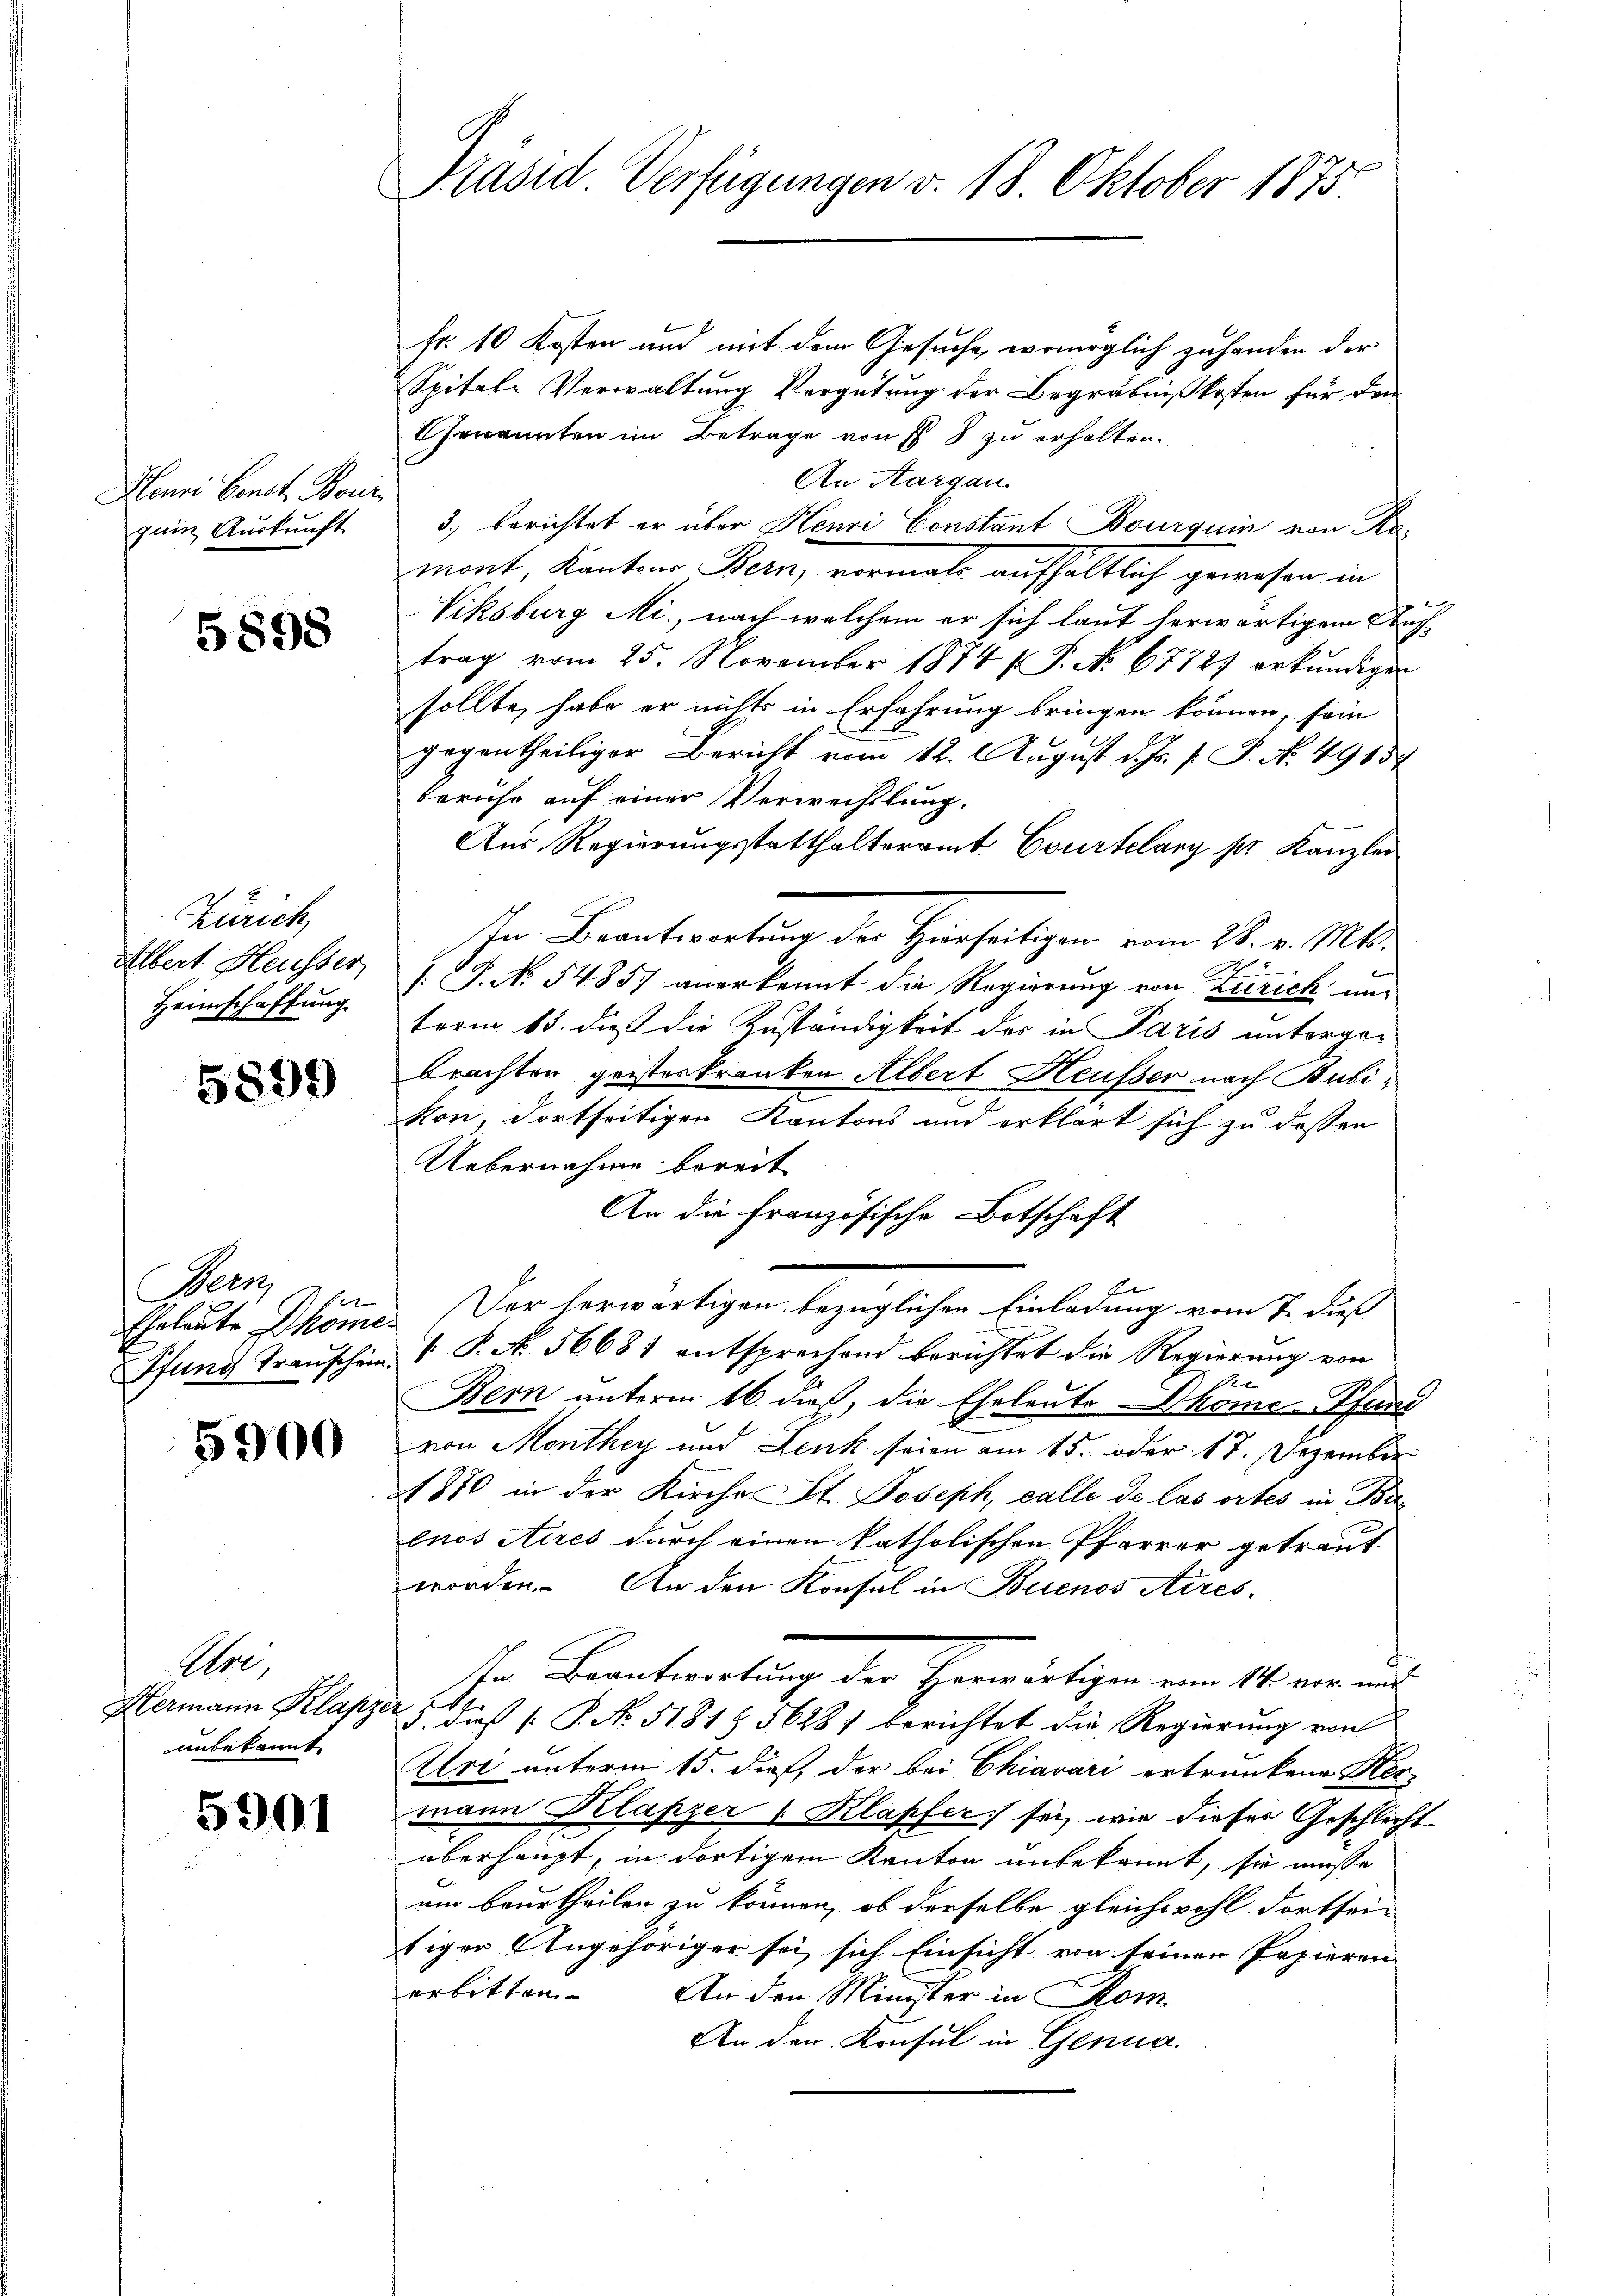
Henri Censt. Bonis
guin Auskunft

5898

Zürich,
Albert Heusser
Heimschaffung

5899)

Bern
1

5900

Ure,
unbekannt

5901

Präsid. Verfügungen v. 18. Oktober 1875.

fr. 10 Kosten und mit dem Gesuche, womöglich zuhanden der
Spitel Verwaltung Vergütung der Begräbnißkosten für den
Genannten im Betrage von § 8 zu erhalten.
An Aargau.
3.) berichtet er über Henri Constant Bourquin von Kamont, Kanton Bern, vormals aufhältlich gewesen in
Viksburg Mi., nach welchem er sich laut herwärtigem Auftrag vom 25. November 1874 f. P. No. 67727 erkŭndigen
sollte, habe er nichts in Erfahrung bringen können, sein
gegentheiliger Bericht vom 12. August d. Js. f. P. No. 49157
beruhe auf einer Verwechslung.
Aus Regierungsstatthalteramt Courtelary pr. Kanzler
In Beantwortung der Herrseitigen vom 28. v. Mts.
.
[: P. No 5485) anerkennt die Regierung von Zürich unterm 13. dieß die Zuständigkeit der in Paris untergebrachten geisteskranken. Albert Heusser nach Bubikon, dortseitigen Kantons und erklärt sich zu dessen
Uebernahme bereit
An die Französische Botschaft
E
Eheleute Dköme. Der herwärtigen bezüglichen Einladung vom 7. dieß
Pfund Transchein V. P. N. 56681 entsprechend berichtet die Regierung von
Bern unterm 16. dieß, die Eheleute kome-Pfand
von Monthey und Lenk seien am 15. oder 17. Dezember
21870 in der Kirche St. Joseph, calle de las ortes in Belnos Aires durch einen katholischen Pfarrer getraut
worden. An den Konsul in Buenos Aires.
Ihr Beantwortung der Herwärtigen vom 11. von und
.
Hermann Klapper 5. dieß P. No. 5181 § 56287 berichtet die Regierung von
Uri unterm 15. dieß, der bei Chiavari ertrunkene Her-
mann Klapper 1 Klapfer sei, wie dieser Geschlecht
überhaupt, in dortigem Kanton unbekannt, sie müsse
um beurtheilen zu können, ob derselbe gleichwohl dortsei-
tiger Angehöriger sei, sich Einsicht von seinen Papieren
erbitten. An den Minister in Kom
An den Konsul in Genua